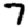
Digit: 7